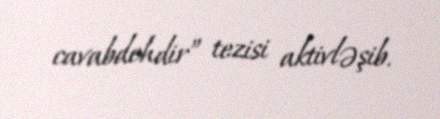
cavabdehdir” tezisi aktivləşib.